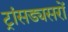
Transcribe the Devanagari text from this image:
ट्रांसड्यसरों